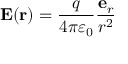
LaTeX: \mathbf { E } ( \mathbf { r } ) = { \frac { q } { 4 \pi \varepsilon _ { 0 } } } { \frac { \mathbf { e } _ { r } } { r ^ { 2 } } }